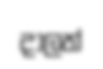
දාලත්